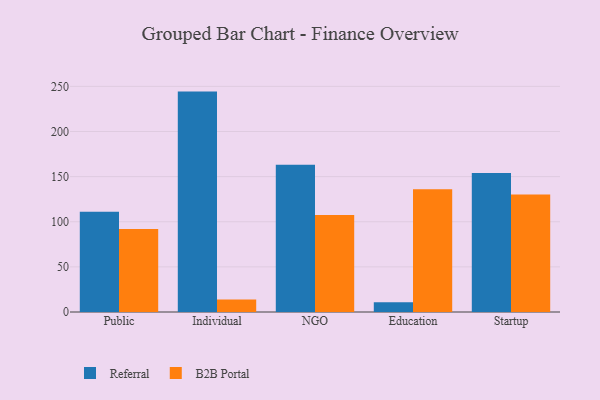
{"axis": {"x": "Segment", "y": "Revenue (USD Million)"}, "legend": ["B2B Portal", "Referral"], "data": [{"x": "Public", "y": 111.2, "type": "Referral"}, {"x": "Public", "y": 91.9, "type": "B2B Portal"}, {"x": "Individual", "y": 244.2, "type": "Referral"}, {"x": "Individual", "y": 13.8, "type": "B2B Portal"}, {"x": "NGO", "y": 163.2, "type": "Referral"}, {"x": "NGO", "y": 107.4, "type": "B2B Portal"}, {"x": "Education", "y": 10.9, "type": "Referral"}, {"x": "Education", "y": 136.1, "type": "B2B Portal"}, {"x": "Startup", "y": 154.1, "type": "Referral"}, {"x": "Startup", "y": 130.3, "type": "B2B Portal"}]}